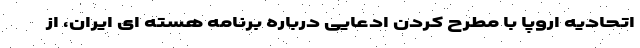
اتحادیه اروپا با مطرح کردن ادعایی درباره برنامه هسته ای ایران، از